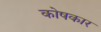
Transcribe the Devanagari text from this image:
काेषकार